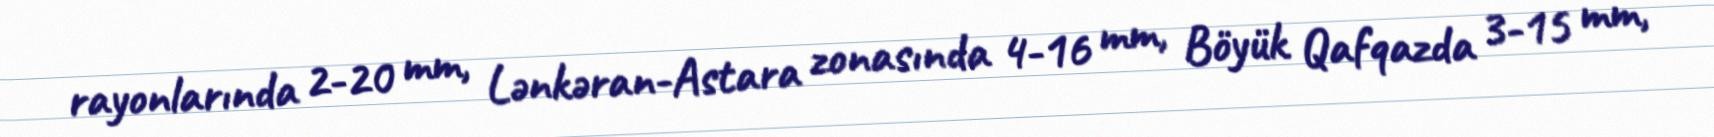
rayonlarında 2-20 mm, Lənkəran-Astara zonasında 4-16 mm, Böyük Qafqazda 3-15 mm,